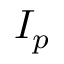
I _ { p }